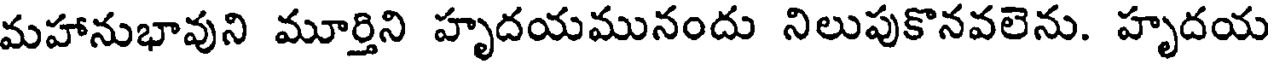
మహానుభావుని మూర్తిని హృదయమునందు నిలుపుకొనవలెను. హృదయ